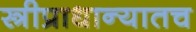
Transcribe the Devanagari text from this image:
स्त्रीप्राधान्यातच